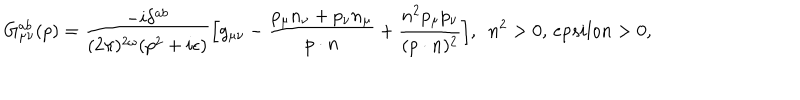
G _ { \mu \nu } ^ { a b } ( p ) = \frac { - i \delta ^ { a b } } { ( 2 \pi ) ^ { 2 \omega } ( p ^ { 2 } + i \epsilon ) } \Big [ g _ { \mu \nu } - \frac { p _ { \mu } n _ { \nu } + p _ { \nu } n _ { \mu } } { p \cdot n } + \frac { n ^ { 2 } p _ { \mu } p _ { \nu } } { ( p \cdot n ) ^ { 2 } } \Big ] , \ \ n ^ { 2 } > 0 , \, e p s i l o n > 0 ,